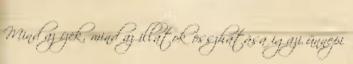
Mind az ízek, mind az illatok összhatása igazi ünnepi